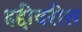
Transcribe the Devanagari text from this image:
हद्दीवरील